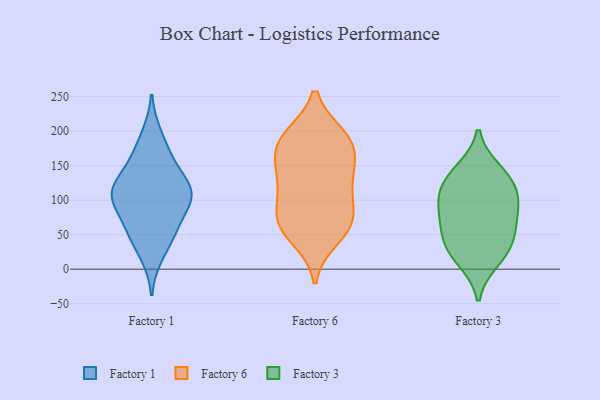
{"axis": {"x": "Market Share (%)", "y": "Value"}, "legend": ["Factory 1", "Factory 3", "Factory 6"], "data": [{"x": "", "y": 99, "type": "Factory 1"}, {"x": "", "y": 60, "type": "Factory 1"}, {"x": "", "y": 55, "type": "Factory 1"}, {"x": "", "y": 110, "type": "Factory 1"}, {"x": "", "y": 194, "type": "Factory 1"}, {"x": "", "y": 163, "type": "Factory 1"}, {"x": "", "y": 102, "type": "Factory 1"}, {"x": "", "y": 123, "type": "Factory 1"}, {"x": "", "y": 123, "type": "Factory 1"}, {"x": "", "y": 21, "type": "Factory 1"}, {"x": "", "y": 52, "type": "Factory 1"}, {"x": "", "y": 101, "type": "Factory 1"}, {"x": "", "y": 111, "type": "Factory 1"}, {"x": "", "y": 158, "type": "Factory 1"}, {"x": "", "y": 59, "type": "Factory 6"}, {"x": "", "y": 132, "type": "Factory 6"}, {"x": "", "y": 171, "type": "Factory 6"}, {"x": "", "y": 118, "type": "Factory 6"}, {"x": "", "y": 192, "type": "Factory 6"}, {"x": "", "y": 177, "type": "Factory 6"}, {"x": "", "y": 45, "type": "Factory 6"}, {"x": "", "y": 190, "type": "Factory 6"}, {"x": "", "y": 66, "type": "Factory 6"}, {"x": "", "y": 131, "type": "Factory 6"}, {"x": "", "y": 66, "type": "Factory 6"}, {"x": "", "y": 84, "type": "Factory 6"}, {"x": "", "y": 148, "type": "Factory 6"}, {"x": "", "y": 86, "type": "Factory 6"}, {"x": "", "y": 190, "type": "Factory 6"}, {"x": "", "y": 119, "type": "Factory 3"}, {"x": "", "y": 14, "type": "Factory 3"}, {"x": "", "y": 74, "type": "Factory 3"}, {"x": "", "y": 142, "type": "Factory 3"}, {"x": "", "y": 59, "type": "Factory 3"}, {"x": "", "y": 96, "type": "Factory 3"}, {"x": "", "y": 96, "type": "Factory 3"}, {"x": "", "y": 131, "type": "Factory 3"}, {"x": "", "y": 29, "type": "Factory 3"}, {"x": "", "y": 38, "type": "Factory 3"}]}